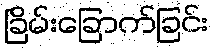
ခြိမ်းခြောက်ခြင်း